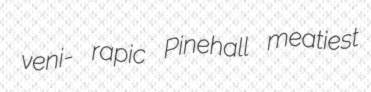
veni- rapic Pinehall meatiest